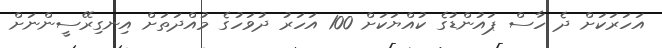
އަހަރަކަށް ދެ ހާސް ޕައުންޑުގެ ކުއްޔަކަށް 100 އަހަރު ދުވަހުގެ މުއްދަތަށް އިނގިރޭސީންނަށް